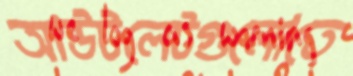
আউটলেটগুলোতে